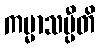
ကမ္မာသမ္ပီတိ